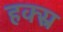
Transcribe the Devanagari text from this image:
हक्स्र